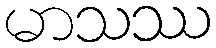
မာသဿ